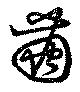
繭